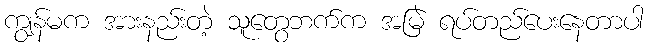
ကျွန်မက အားနည်းတဲ့ သူတွေဘက်က အမြဲ ရပ်တည်ပေးနေတာပါ